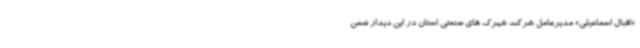
«اقبال اسماعیلی» مدیرعامل شرکت شهرک های صنعتی استان در این دیدار ضمن